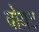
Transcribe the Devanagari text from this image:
वोयट